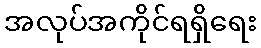
အလုပ်အကိုင်ရရှိရေး